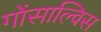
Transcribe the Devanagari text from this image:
गोंसाल्विस